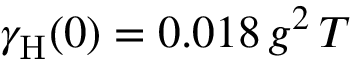
\gamma _ { \mathrm { H } } ( 0 ) = 0 . 0 1 8 \, g ^ { 2 } \, T